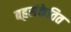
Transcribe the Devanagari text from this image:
बहुसंकेतित